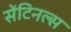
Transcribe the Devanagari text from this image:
सेंटिनल्स